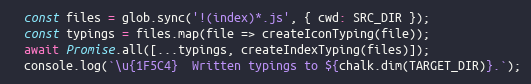
Language: JavaScript
  const files = glob.sync('!(index)*.js', { cwd: SRC_DIR });
  const typings = files.map(file => createIconTyping(file));
  await Promise.all([...typings, createIndexTyping(files)]);
  console.log(`\u{1F5C4}  Written typings to ${chalk.dim(TARGET_DIR)}.`);